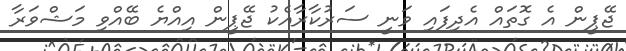
ޖޭޕީން އެ ގޮތައް އެދިފައި ވަނީ ސަރުކާރާއެކު ޖޭޕީން އިއްޔެ ބޭއްވި މަޝްވަރާ